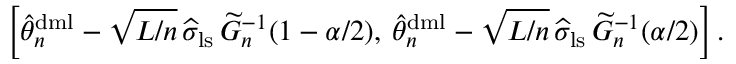
\left[ \widehat { \theta } _ { n } ^ { \mathrm { d m l } } - \sqrt { L / n } \, \widehat { \sigma } _ { \mathrm { l s } } \, \widetilde { G } _ { n } ^ { - 1 } ( 1 - \alpha / 2 ) , \: \widehat { \theta } _ { n } ^ { \mathrm { d m l } } - \sqrt { L / n } \, \widehat { \sigma } _ { \mathrm { l s } } \, \widetilde { G } _ { n } ^ { - 1 } ( \alpha / 2 ) \right] .